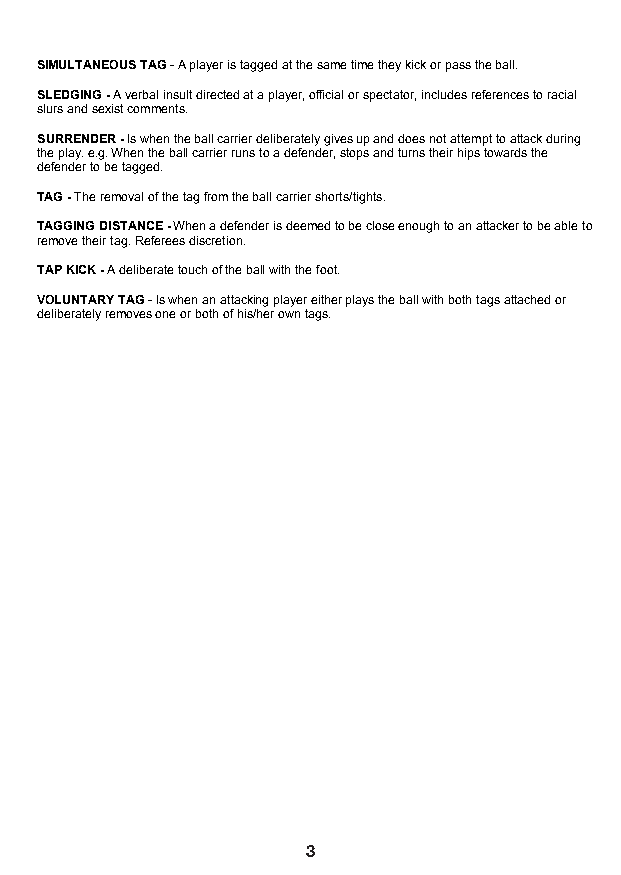
SIMULTANEOUS TAG - A player is tagged at the same time they kick or pass the ball.
 SLEDGING - A verbal insult directed at a player, official or spectator, includes references to racial
 slurs and sexist comments.
 SURRENDER - Is when the ball carrier deliberately gives up and does not attempt to attack during
 the play. e.g. When the ball carrier runs to a defender, stops and turns their hips towards the
 defender to be tagged.
 TAG - The removal of the tag from the ball carrier shorts/tights.
 TAGGING DISTANCE - When a defender is deemed to be close enough to an attacker to be able to
 remove their tag. Referees discretion.
 TAP KICK - A deliberate touch of the ball with the foot.
 VOLUNTARY TAG - Is when an attacking player either plays the ball with both tags attached or
 deliberately removes one or both of his/her own tags.
 4
 3                                        4